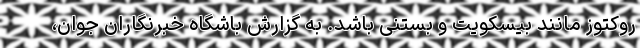
روکتوز مانند بیسکویت و بستنی باشد. به گزارش باشگاه خبرنگاران جوان،